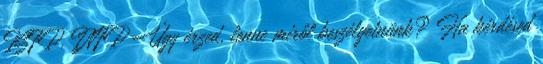
ISFP, INFP Úgy érzed, lenne miről beszélgetnünk? Ha kérdésed